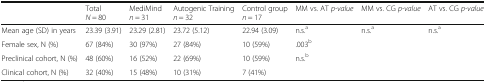
|  | Total N = 80 | MediMind n = 31 | Autogenic Training n = 32 | Control group n = 17 | MM vs. AT p-value | MM vs. CG p-value | AT vs. CG p-value |
 | --- | --- | --- | --- | --- | --- | --- | --- |
 | Mean age (SD) in years | 23.39 (3.91) | 23.29 (2.81) | 23.72 (5.12) | 22.94 (3.09) | n.s.a | n.s.a | n.s.a |
 | Female sex, N (%) | 67 (84%) | 30 (97%) | 27 (84%) | 10 (59%) | <COLSPAN=3> .003b |
 | Preclinical cohort, N (%) | 48 (60%) | 16 (52%) | 22 (69%) | 10 (59%) | <ROWSPAN=2-COLSPAN=3> n.s.b |
 | Clinical cohort, N (%) | 32 (40%) | 15 (48%) | 10 (31%) | 7 (41%) |